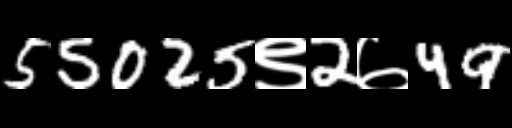
Text: 55025९2७49